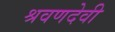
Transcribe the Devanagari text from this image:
श्रवणदेवी